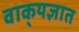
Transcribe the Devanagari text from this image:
वाक्‌यज्ञात